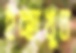
ইচ্ছাখুন